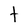
Character: t